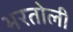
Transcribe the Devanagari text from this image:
भरतोली